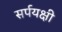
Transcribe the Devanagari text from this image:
सर्पयक्षी